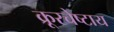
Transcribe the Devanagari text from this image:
क्रूरचेष्टाय